Report on the bubonic plague in Bombay, 1896-1897
Year: 1896
Disease focus: Plague
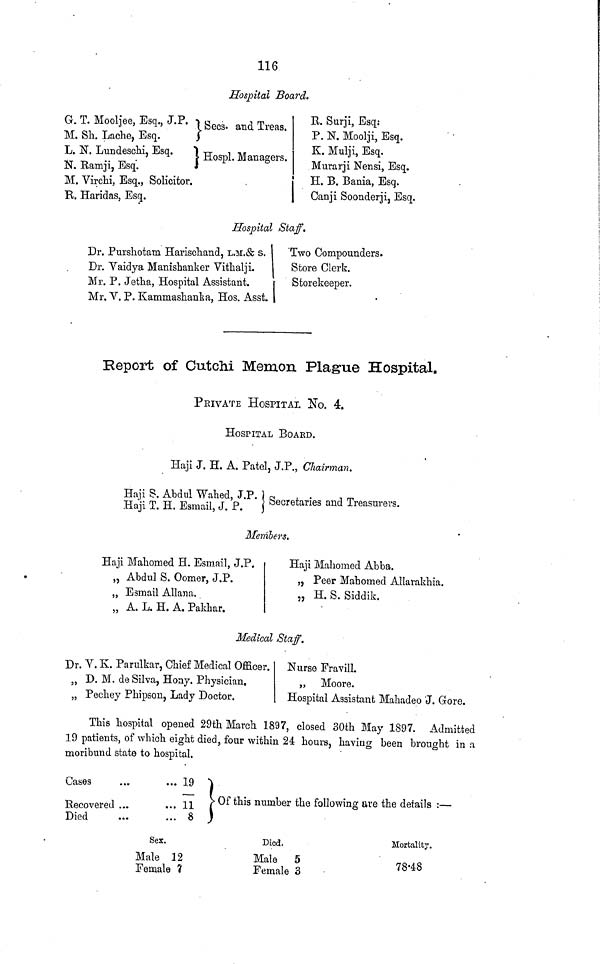
116
Hospital Board.
G. T. Mooljee, Esq., J.P.
M. Sh. Lache, Esq.
L. N. Lundeschi, Esq.
N. Ramji, Esq.
M. Virchi, Esq., Solicitor.
R. Haridas, Esq.
Secs and Treas.
Hospl. Managers.
B. Surji, Esq:
P. N. Moolji, Esq.
K. Mulji, Esq.
Murarji Nensi, Esq.
H. B. Bania, Esq.
Canji Soonderji, Esq.
Hospital Staff.
Dr. Pursliotam Harischand, L.M.& s.
Dr. Vaidya Manishanker Vithalji.
Mr. P. Jetha, Hospital Assistant.
Mr. V. P. Kammashanka, Hos. Asst.
Two Compounders.
Store
Clerk.
Storekeeper.
1
Report of Cutchi Memon Plague Hospital.
PRIVATE HOSPITAL No. 4.
HOSPITAL BOARD.
Haji J. H. A. Patel, J.P., Chairman.
Haji S. Abdul Wahed, J.P.
Haji T. H. Esmail, J. P.
Secretaries and Treasurers.
Members.
Haji Mahomed H. Esmail, J.P.
„ Abdul S. Oomer, J.P.
„ Esmail Allana.
„ A. L. H. A. Pakhar.
Haji Mahomed Abba.
„ Peer Mahomed Allarakhia,
„ H. S. Siddik.
Medical Staff.
Dr. V. K. Parulkar, Chief Medical Officer.
„ D. M. de Silva, Hony. Physician,
„ Pechey Phipson, Lady Doctor.
Nurse Fravill.
„ Moore.
Hospital Assistant Mahadeo J. Gore.
This hospital opened 29th March 1897, closed 30th May 1897. Admitted
19 patients, of which eight died, four within 24 hours, having been brought in a
moribund state to hospital.
Cases ...
Recovered ...
Died
... 19
... 11
... 8
Of this number the following are the details :—
Sex.
Male 12
Female 7
Died.
Male 5
Female 3
Mortality.
78.48